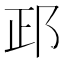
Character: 𨚣